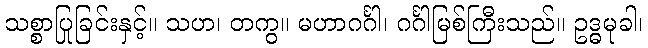
သစ္စာပြုခြင်းနှင့်။ သဟ၊ တကွ။ မဟာဂင်္ဂါ၊ ဂင်္ဂါမြစ်ကြီးသည်။ ဥဒ္ဓမုခါ၊